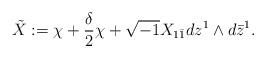
LaTeX: \begin{align*}\tilde X := \chi + \frac{\delta}{2} \chi + \sqrt{-1} X_{1\bar 1} d z^1 \wedge d\bar z^1 .\end{align*}